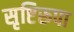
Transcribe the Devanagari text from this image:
सृष्टिरूपा